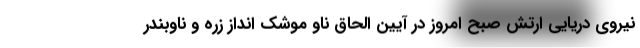
نیروی دریایی ارتش صبح امروز در آیین الحاق ناو موشک انداز زره و ناوبندر